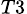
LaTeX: _{T3}